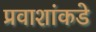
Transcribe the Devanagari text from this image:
प्रवाशांकडे